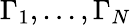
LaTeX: \Gamma_{1},...,\Gamma_{N}